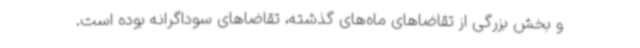
و بخش بزرگی از تقاضاهای ماه‌های گذشته، تقاضاهای سوداگرانه بوده است.